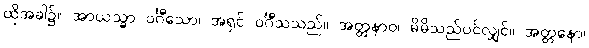
ထိုအခါ၌။ အာယသ္မာ ဝင်္ဂီသော၊ အရှင် ဝင်္ဂီသသည်။ အတ္တနာဝ၊ မိမိသည်ပင်လျှင်။ အတ္တနော၊